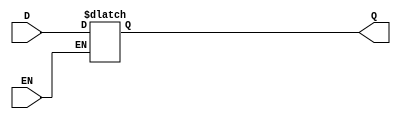
module transparent_latch (
    input D,
    input EN,
    output reg Q
);

always @ (D, EN) begin
    if (EN) begin
        Q <= D;
    end
end

endmodule